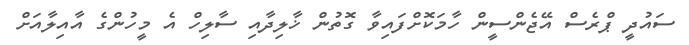
ސައުދީ ޕްރެސް އޭޖެންސީން ހާމަކޮށްފައިވާ ގޮތުން ޚާލިދާއި ސާލިހް އެ މީހުންގެ އާއިލާއަށް